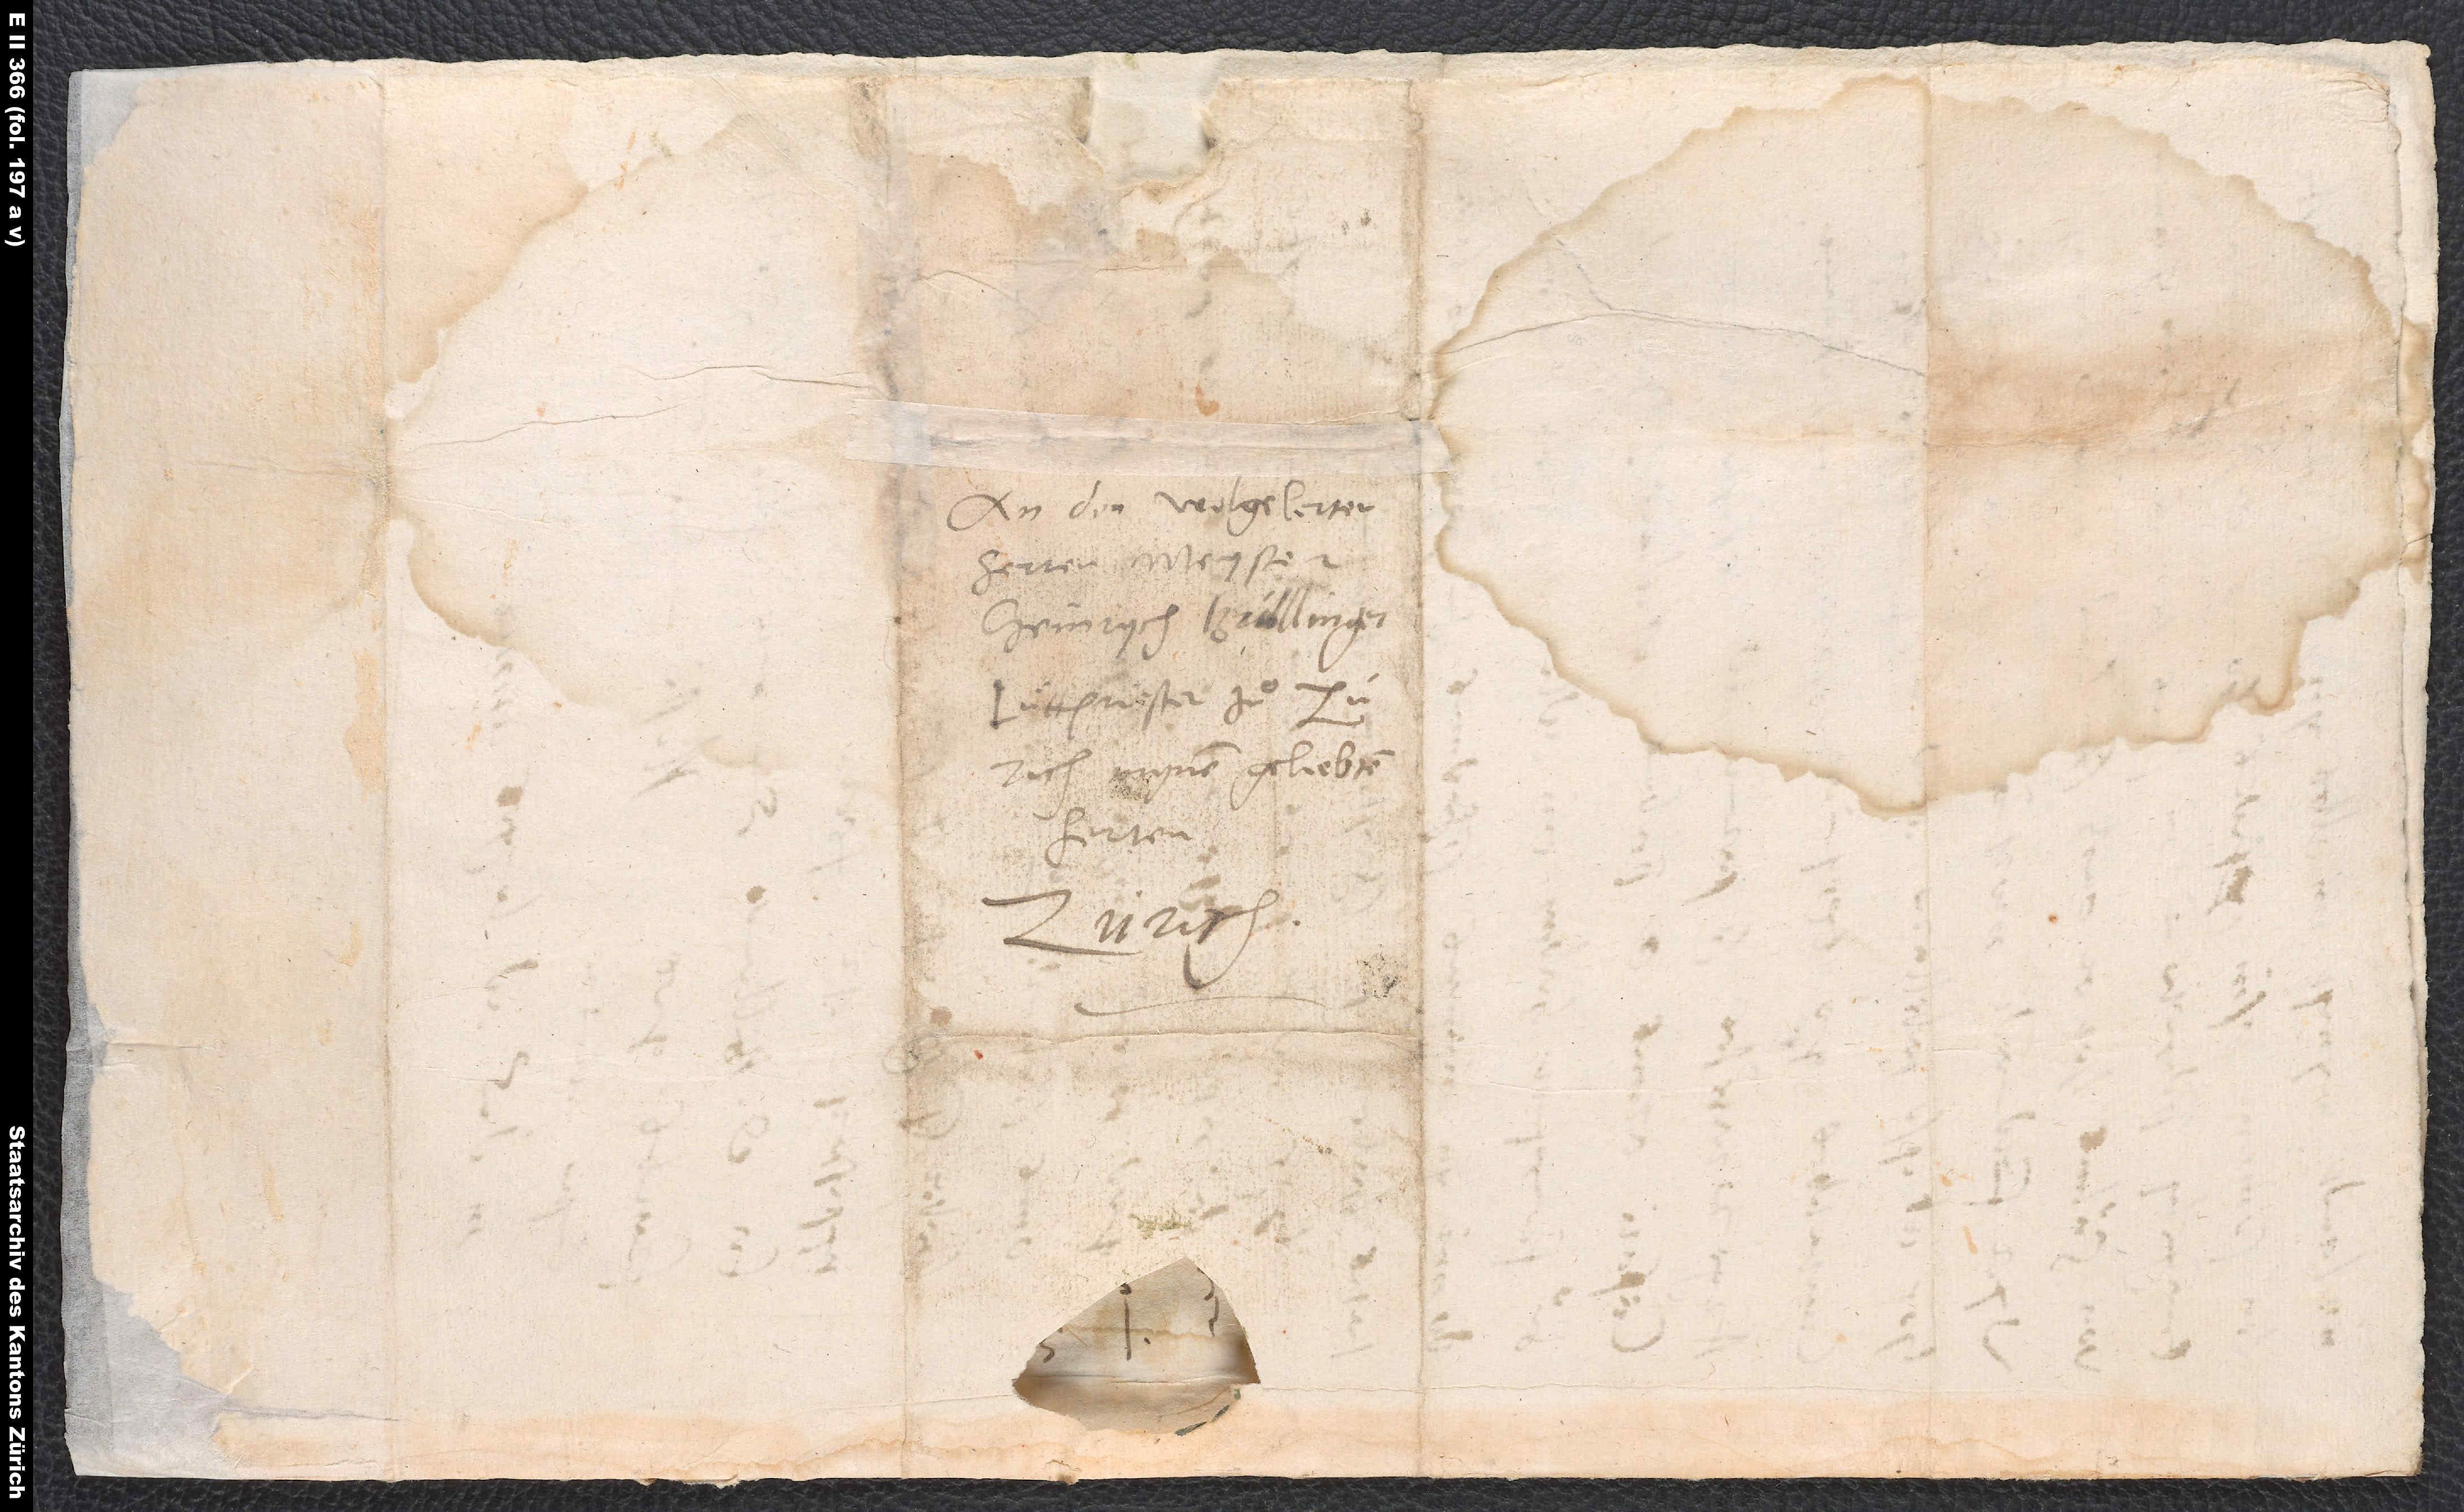
An den wolgelerten
herren, meyster
Heinrych Bullinger,
lüttpriester zuͦ
Zürich, minem geliepten

S.